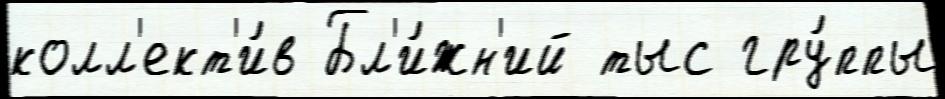
колл'ект'и́в Бл'и́жн'ий тыс гру́ппы